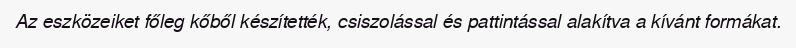
Az eszközeiket főleg kőből készítették, csiszolással és pattintással alakítva a kívánt formákat.